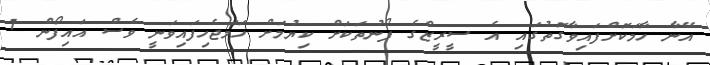
އޭނާ ހާމަކޮށްފައިވާގޮތުގައި އެ ސީރީޒްގެ ފޯނުތަކަށް ކިޔުމަށް ހަމަޖެހިފައިވަނީ ވެސް އައިފޯން 7